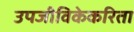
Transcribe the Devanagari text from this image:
उपजीविकेकरिता